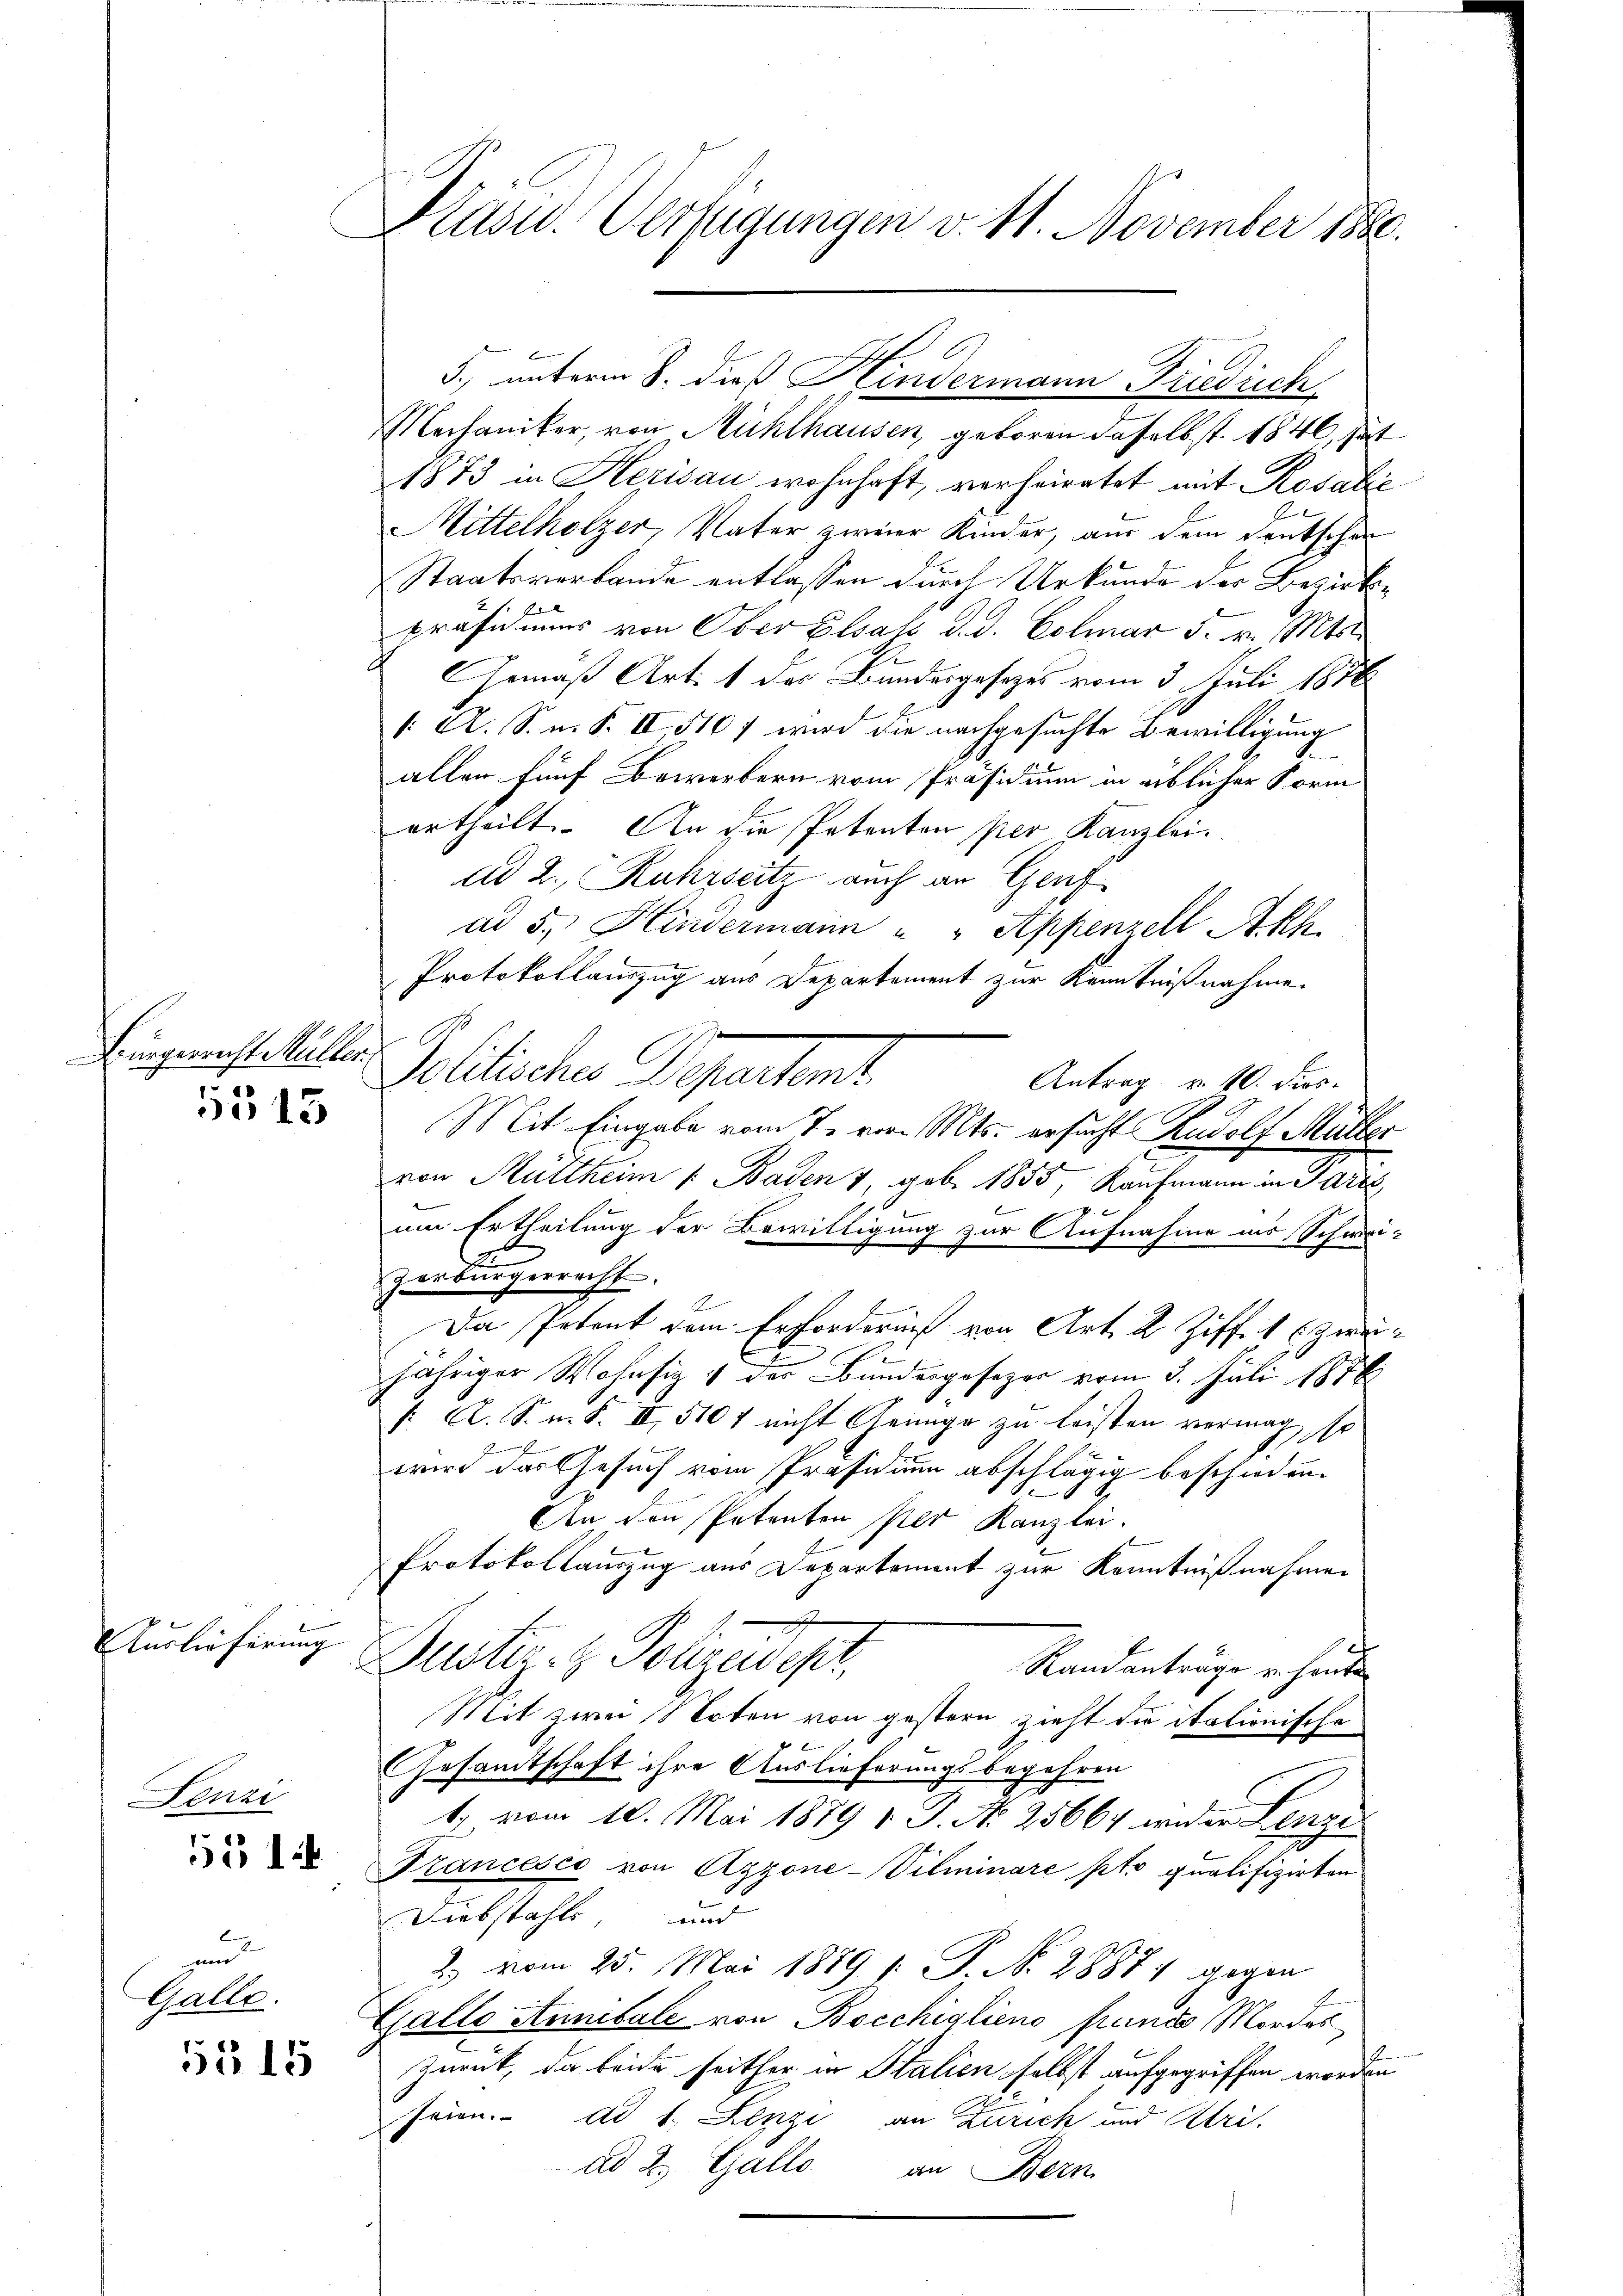
Bürgerrecht Müller.
1545

Auslieferung
Lenzi
551

b
zun
Galle.

11 15

Pasu. Verfügungen v. 11. November 1880.

Nechaniker, von Mühlhausen, geboren daselbst 1846, hat
1873 in Herisau wohnhaft, verheiratet mit Rosalić
Mittelholzer, Vater zweier Kinder, aus dem Deutschen
Staatsverbande entlassen durch Urkunde der Bezirkspräsidiums von Ober Elsal d. d. Colmar 5. v. Mts.
Gemäß Art. 1 des Bundesgesetzes vom 3. Juli 1876
b
/. A. S. n. F. II 510) wird die nachgesuchte Bewilligung
allen fünf Bewerbern vom Präsidium in üblicher Form
ertheilt. An die Petenten per Kanzlei.
ad 2., Kuhrseitz auch an Genf
ad 5. Hindermann " " Appenzell Akh
Protokollauszug aus Departement zur Kenntnißnahme.
Antrag v. 10. dies.
Mit Eingabe vom 7. vor. Mts. ersucht Rudolf Müller
von Mittheim 1. Baden 1, gebe 1855, Kaufmann in Pari
um Ertheilung der Bewilligung zur Aufnahme ins Schwei-
.
zerbürgerrecht.
Da Petent vom Erforderniß von Art. 2 Ziffet zweijähriger Wohnsiz: des Bundergesezer vom 3. Juli 1876
f. A. S. m. S. II 510 f nicht Genüge zu leisten vermag, so
wird das Gesuch vom Präsidium abschlägig beschieden.
An den Petenten per Kanzlei.
Protokollauszug aus Departement zur Kenntnißnahmen
Dulster. z. Polizeidiger
Randanträge u. heute
Mit zwei Noten von gestern zieht die italionische

Gesandtschaft ihre Auslieferungsbegehren
1. vom 10. Mai 1889 v. J. No 25664 weder Lenze
Trancesco von Azzone-Vilminare pto qualifizirten
Diebstahls, und
2. vom 25. Mai 1889 1. P. N. 2887 gegen
Gallo Annibale von Bocchiglieno punde Mordes
Zurück, da beide seither in Stalien selbst aufgegriffen worden
seien. ad 1. Lenzi an Zürich und Alril.
ad 2. Galle an Bern
.

E

5., unterm 8. dieß Kindermann Friedrich

Veltlicher Departamt